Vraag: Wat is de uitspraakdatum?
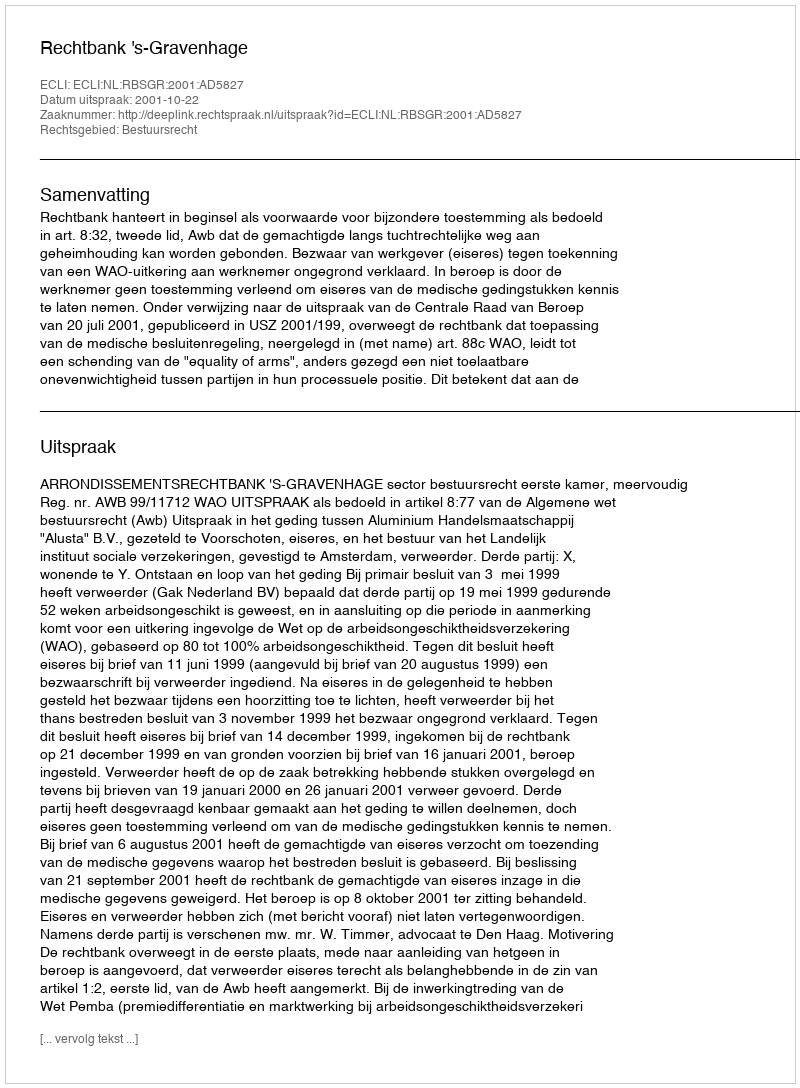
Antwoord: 2001-10-22